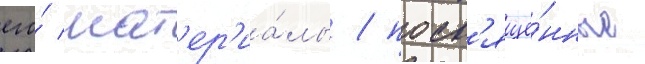
его́ мат'ер'иа́лы / посв'ящё́нные